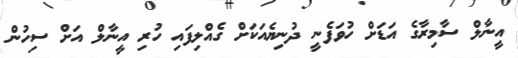
އީނާލް ސާމިރާގެ އަޑަށް ހުވަފެނީ ދުނިޔެއަކަށް ގެއްލިފައި ހުރި އީނާލް އަށް ސިހުން